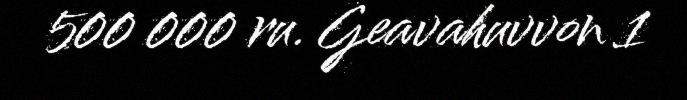
500 000 ru. Geavahuvvon 1